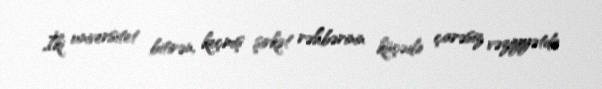
İki universitet bitirən, keçmiş şirkət rəhbərinin küçədə çarəsiz vəziyyətdə